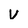
Character: V